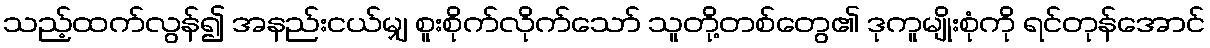
သည့်ထက်လွန်၍ အနည်းငယ်မျှ စူးစိုက်လိုက်သော် သူတို့တစ်တွေ၏ ဒုကူမျိုးစုံကို ရင်တုန်အောင်